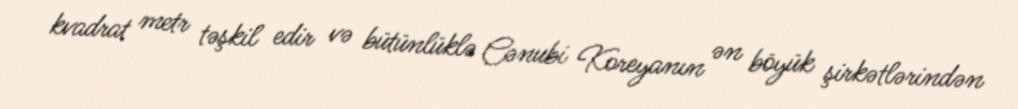
kvadrat metr təşkil edir və bütünlüklə Cənubi Koreyanın ən böyük şirkətlərindən